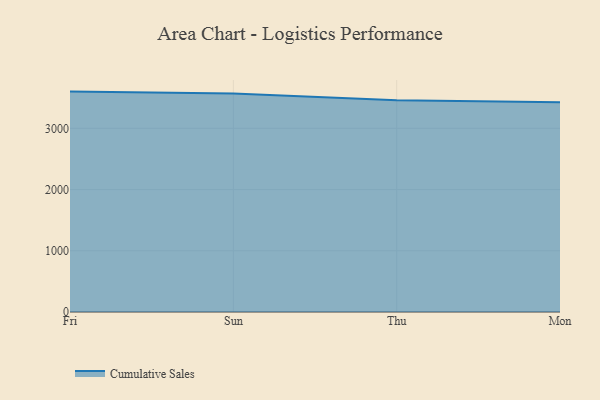
{"axis": {"x": "Day", "y": "Website Visitors"}, "legend": ["Cumulative Sales"], "data": [{"x": "Fri", "y": 3600.3, "type": "Cumulative Sales"}, {"x": "Sun", "y": 3568.8, "type": "Cumulative Sales"}, {"x": "Thu", "y": 3459.4, "type": "Cumulative Sales"}, {"x": "Mon", "y": 3424.3, "type": "Cumulative Sales"}]}